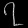
Digit: ၇